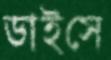
ডাইসে